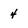
Character: 4